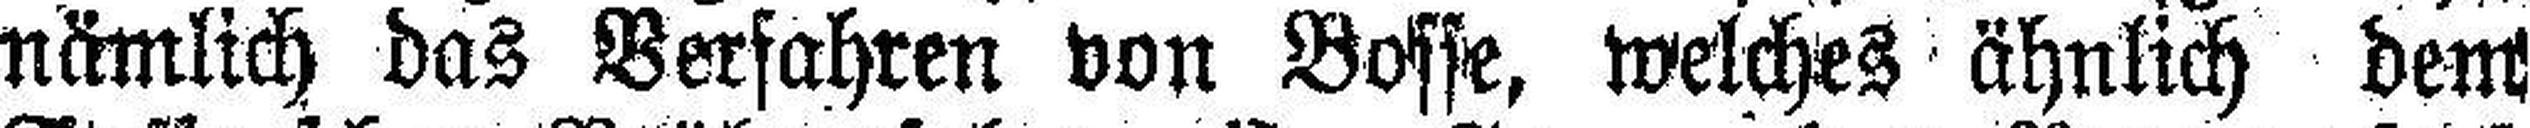
nämlich das Verfahren von Bosse, welches ähnlich dem